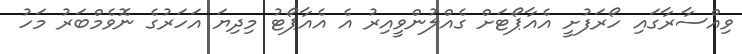
ވިއްސާރާގައި ހޯރަފުށީ އެއާޕޯޓަށް ގެއްލުންވީއިރު އެ އެއާޕޯޓު މިދިޔަ އަހަރުގެ ނޮވެމްބަރު މަހު